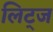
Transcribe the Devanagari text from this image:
लिट्ज